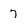
Character: 7